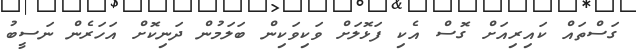
ގަސްތައް ކައިރިއަށް ގޮސް އެކި ފަޅޮލަށް ވަކިވަކިން ބަލަމުން ދަނިކޮށް އަހަރެން ނަސީބު